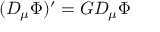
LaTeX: \ ( D _ { \mu } \Phi ) ^ { \prime } = G D _ { \mu } \Phi